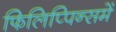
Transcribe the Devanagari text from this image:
फिलिप्पिन्समें